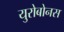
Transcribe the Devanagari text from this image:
युरोबोनस